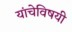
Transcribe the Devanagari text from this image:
यांचेविषयी